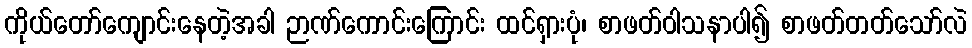
ကိုယ်တော်ကျောင်းနေတဲ့အခါ ဉာဏ်ကောင်းကြောင်း ထင်ရှားပုံ၊ စာဖတ်ဝါသနာပါ၍ စာဖတ်တတ်သော်လဲ